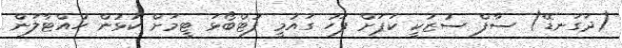
(ދަގަނޑޭ) ސާފް ސުޒުކީ ކަޕަށް ފަހު ގައުމީ ފުޓްބޯޅަ ޓީމަށް ކުޅުން ހުއްޓާލަން